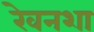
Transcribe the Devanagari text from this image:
रेवनशा